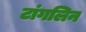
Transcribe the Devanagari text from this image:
टांगलिन